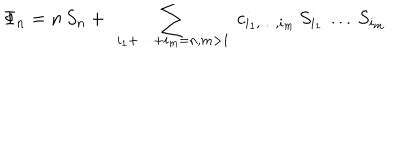
\Phi _ { n } = n \, S _ { n } + \ \sum _ { i _ { 1 } + \dots + i _ { m } = n , m > 1 } \ c _ { i _ { 1 } , \dots , i _ { m } } \, S _ { i _ { 1 } } \, \dots \, S _ { i _ { m } }